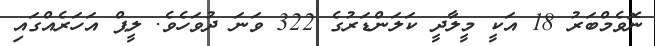
ނޮވެމްބަރު 18 އަކީ މީލާދީ ކަލަންޑަރުގެ 322 ވަނަ ދުވަހެވެ. ލީޕް އަހަރެއްގައި